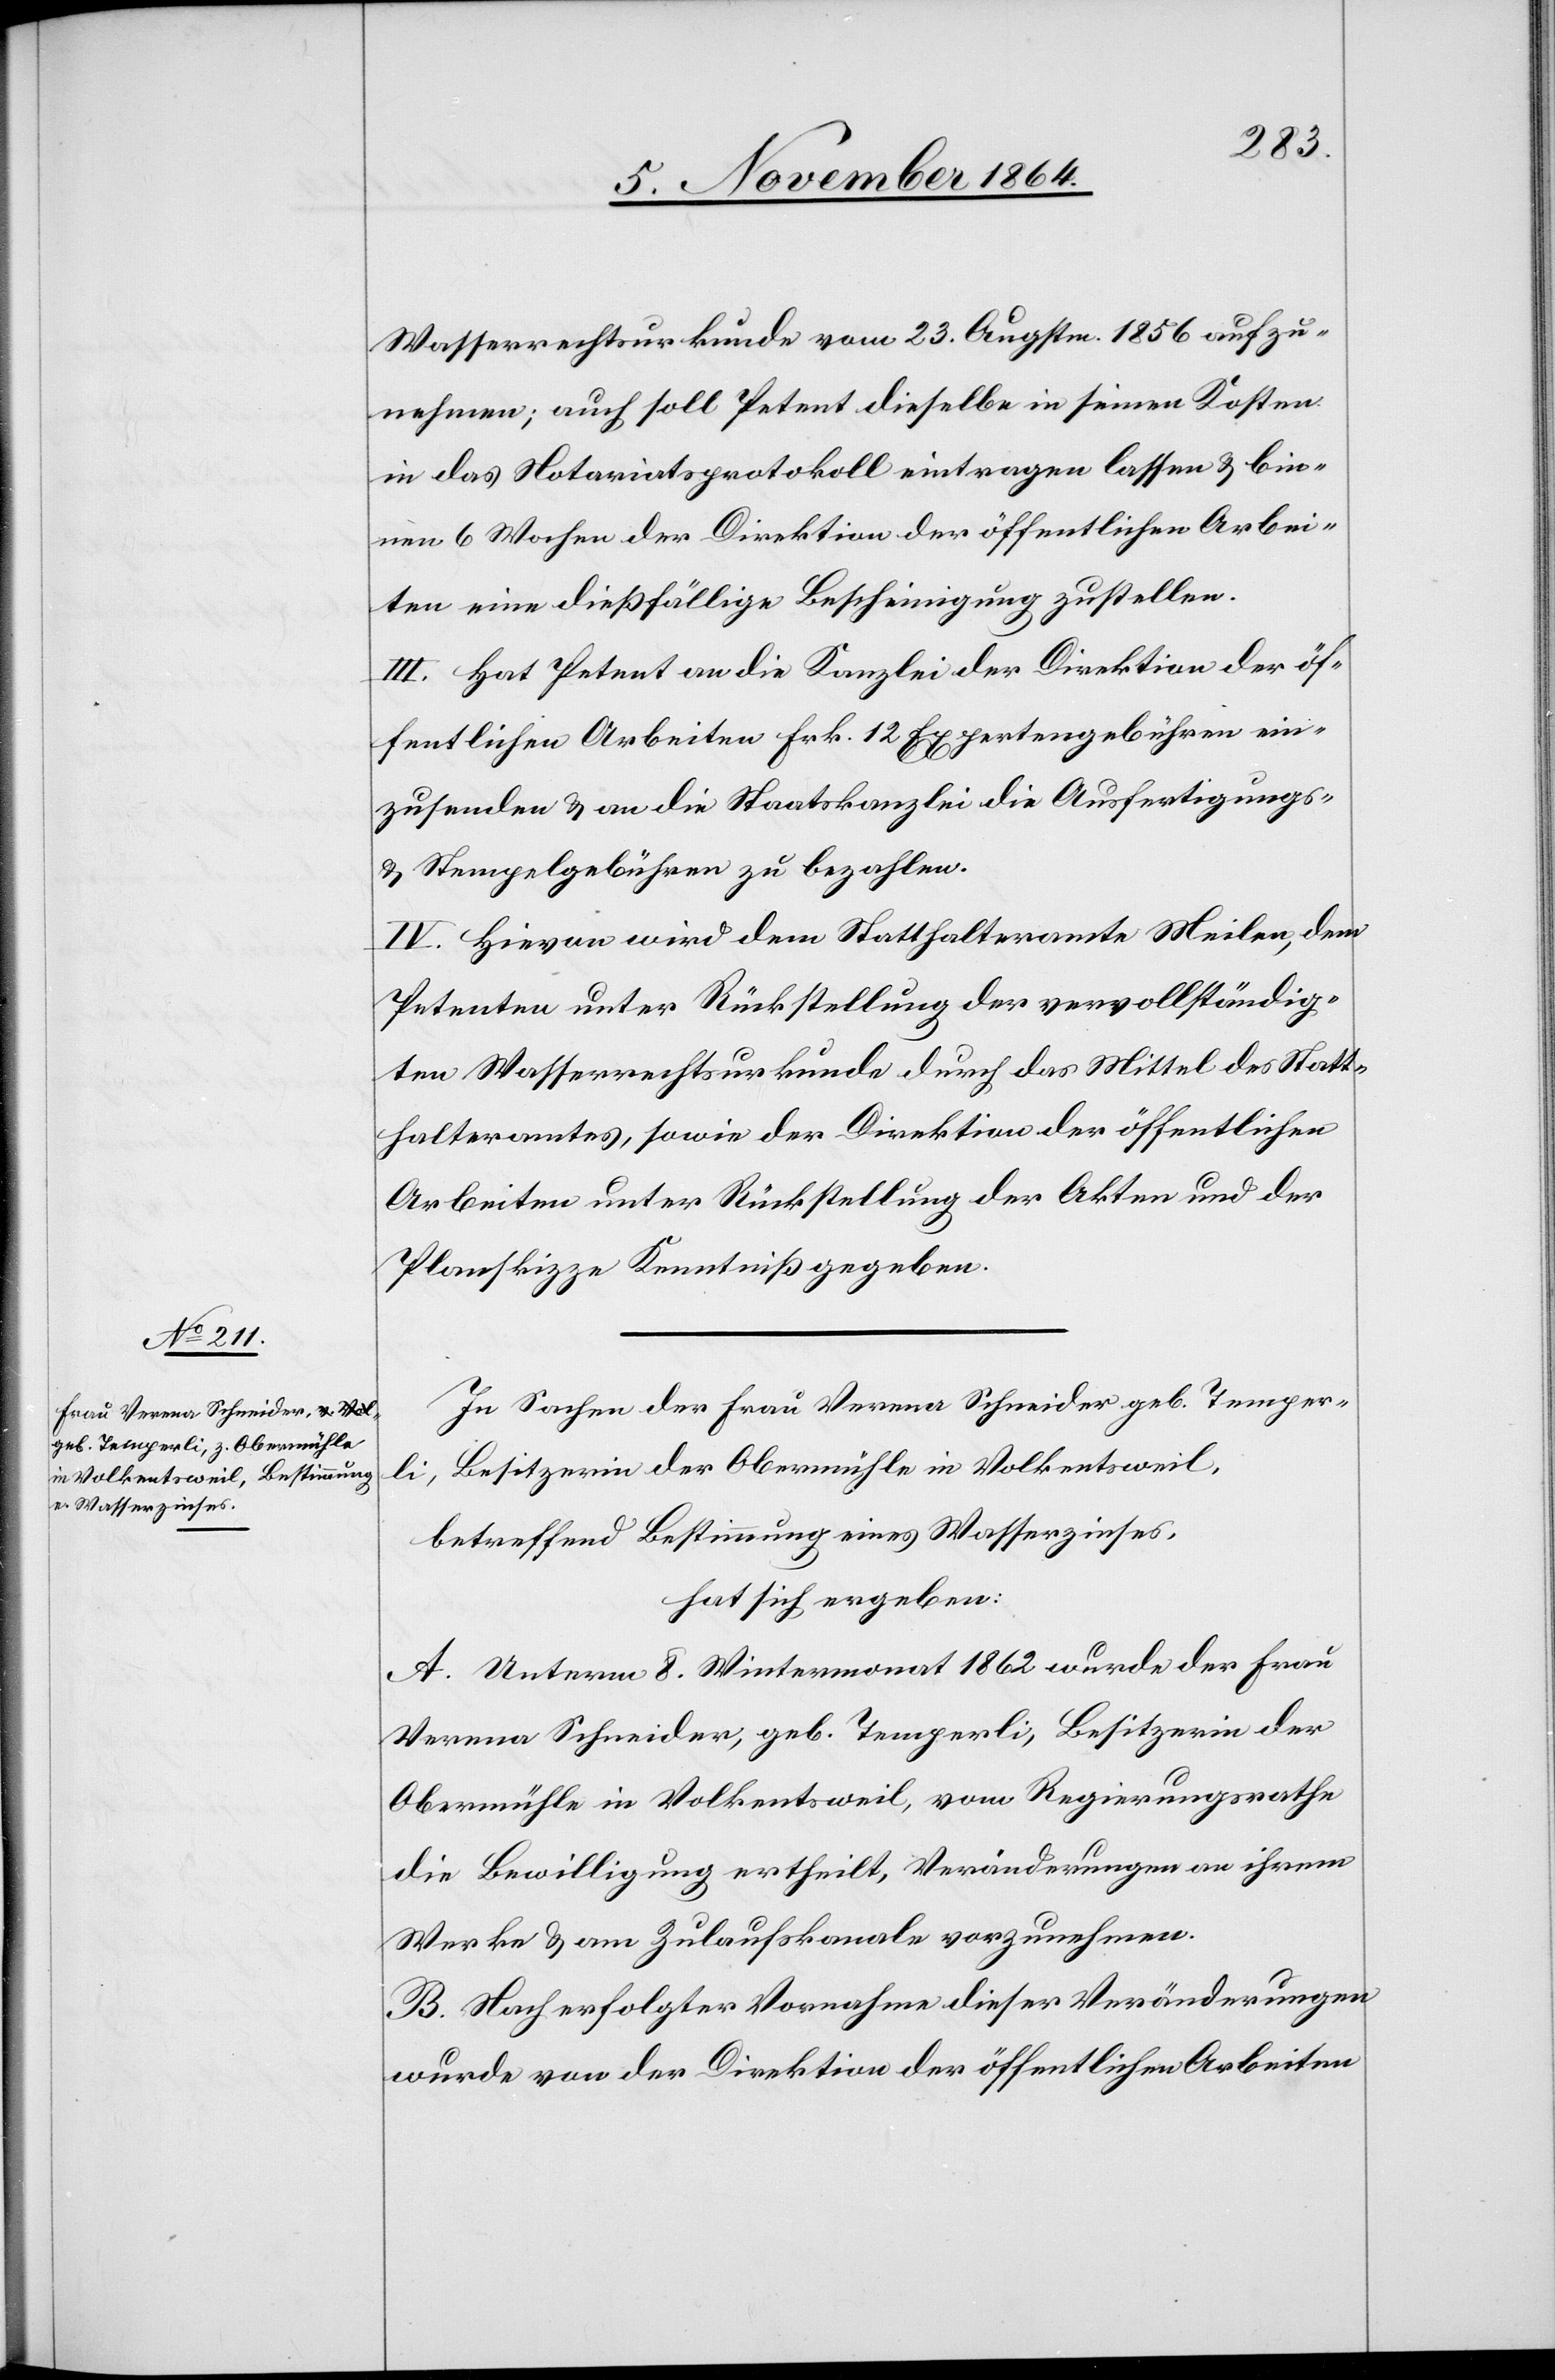
Wasserrechtsurkunde vom 23. Augstm. 1856 aufzu¬
nehmen; auch soll Petent dieselbe in seinen Kosten
in das Notariatsprotokoll eintragen lassen & bin¬
nen 6 Wochen der Direktion der öffentlichen Arbei¬
ten eine dießfällige Bescheinigung zustellen.
III. Hat Petent an die Kanzlei der Direktion der öf¬
fentlichen Arbeiten Frk. 23 Expertengebühren ein¬
zusenden & an die Staatskanzlei die Ausfertigungs-
& Stempelgebühren zu bezahlen.
IV. Hievon wird dem Statthalteramte Meilen, dem
Petenten unter Rückstellung der vervollständig¬
ten Wasserrechtsurkunde durch das Mittel des Statt¬
halteramtes, sowie der Direktion der öffentlichen
Arbeiten unter Rückstellung der Akten und der
Planskizze Kenntniß gegeben.
In Sachen der Frau Verena Schneider geb. Temper¬
li, Besitzerin der Obermühle in Volkentsweil,
betreffend Bestimmung eines Wasserzinses,
hat sich ergeben:
A. Unterm 8. Wintermonat 1862 wurde der Frau
Verena Schneider, geb. Temperli, Besitzerin der
Obermühle in Volkentsweil, vom Regierungsrathe
die Bewilligung ertheilt, Veränderungen an ihrem
Werke & am Zulaufskanale vorzunehmen.
B. Nach erfolgter Vornahme dieser Veränderungen
wurde von der Direktion der öffentlichen Arbeiten